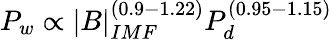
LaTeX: P_{w}\propto|B|_{IMF}^{(0.9-1.22)}P_{d}^{(0.95-1.15)}